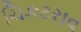
ચિકટરાવ